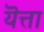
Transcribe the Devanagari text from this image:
यॆत्ता